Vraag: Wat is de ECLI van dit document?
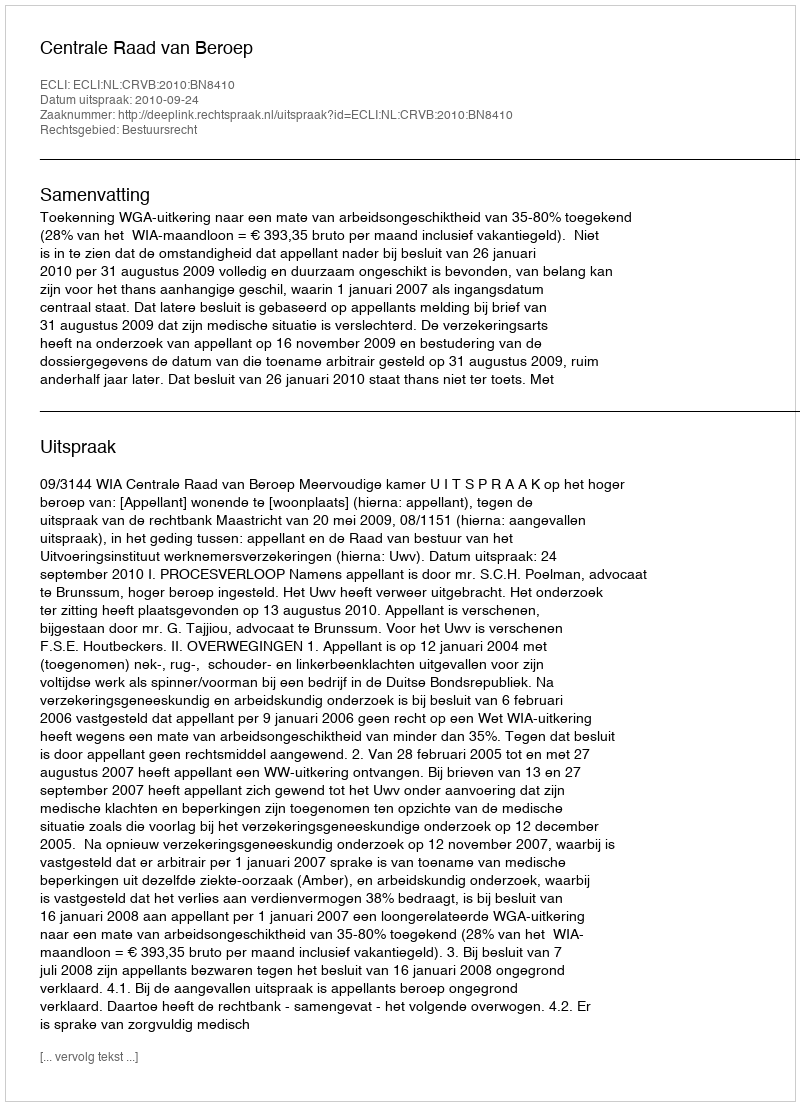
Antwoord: ECLI:NL:CRVB:2010:BN8410